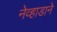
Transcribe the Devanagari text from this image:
नेव्हाडाने